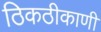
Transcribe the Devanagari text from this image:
ठिकठीकाणी